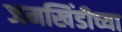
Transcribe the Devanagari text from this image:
जमखिंडीच्या